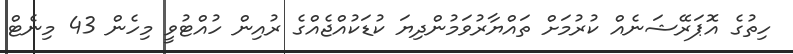
ހިތުގެ އޮޕަރޭޝަނެއް ކުރުމަށް ތައްޔާރުވަމުންދިޔަ ކުޑަކުއްޖެއްގެ ރުއިން ހުއްޓުވީ މިހެން 43 މިނެޓް